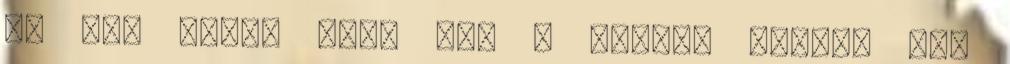
és ami nincs ott, azt a Múzeum körúti Bio